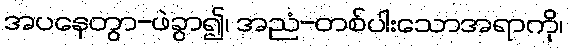
အပနေတွာ-ဖဲခွာ၍၊ အညံ-တစ်ပါးသောအရာကို၊